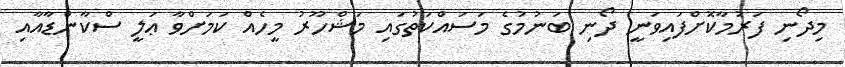
މިދޯނި ފަރުމާކޮށްފައިވަނީ ދޯނި ބަނުމުގެ މަސައްކަތުގައި މަޝްހޫރު މީހެއް ކަމަށްވާ ޢަލީ ސްކާންޑާއާއި